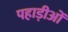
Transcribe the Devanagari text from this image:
पहाड़ीओं